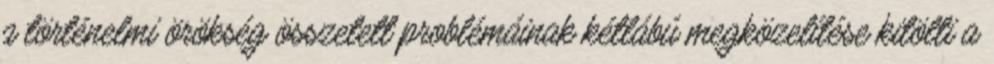
a történelmi örökség összetett problémáinak kétlábú megközelítése kitölti a